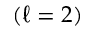
( \ell = 2 )